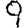
Digit: 9